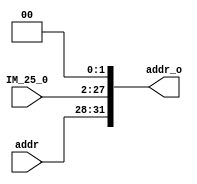
`timescale 1ns / 1ps
module data1_link_data2(
    input [3:0]addr,
    input [25:0]IM_25_0,
    output [31:0]addr_o
    );
    assign addr_o = {addr,IM_25_0,2'b0};

endmodule